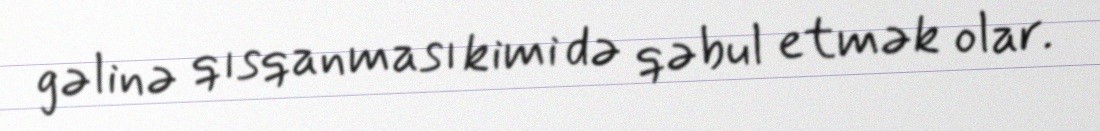
gəlinə qısqanması kimi də qəbul etmək olar.